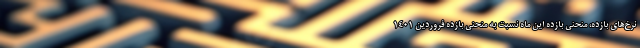
نرخ‌های بازده، منحنی بازده این ماه نسبت به منحنی ‌بازده فروردین ۱۴۰۱